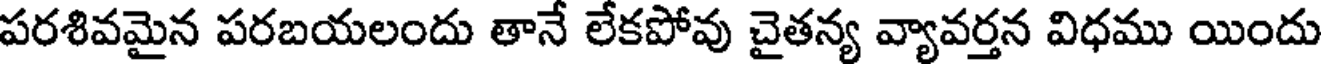
పరశివమైన పరబయలందు తానే లేకపోవు చైతన్య వ్యావర్తన విధము యిందు